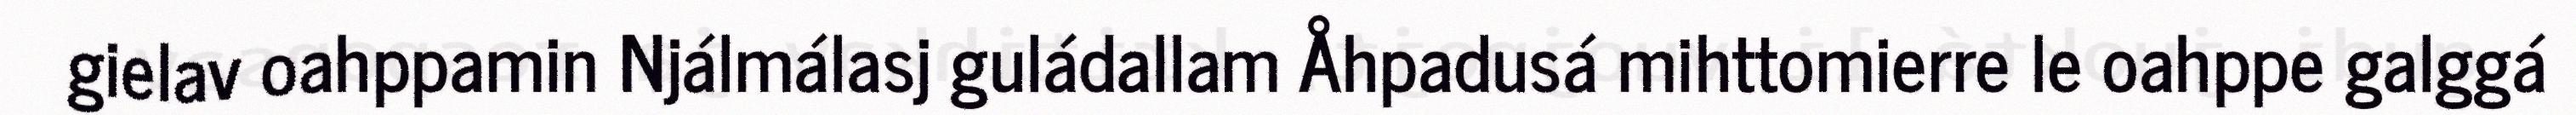
gielav oahppamin Njálmálasj guládallam Åhpadusá mihttomierre le oahppe galggá